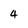
Character: 4